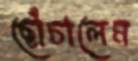
ছোঁচালেম